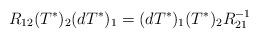
LaTeX: \begin{align*}R_{12}(T^{*})_{2}(dT^{*})_{1}=(dT^{*})_{1}(T^{*})_{2}R_{21}^{-1} \end{align*}